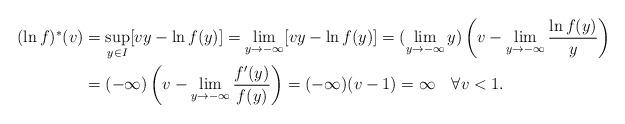
LaTeX: \begin{align*}(\ln f)^{\ast}(v) & =\sup_{y\in I}[vy-\ln f(y)]=\lim_{y\rightarrow-\infty}[vy-\ln f(y)]=(\lim_{y\rightarrow-\infty}y)\left( v-\lim_{y\rightarrow-\infty}\frac{\ln f(y)}{y}\right) \\& =(-\infty)\left( v-\lim_{y\rightarrow-\infty}\frac{f^{\prime}(y)}{f(y)}\right) =(-\infty)(v-1)=\infty\quad\forall v<1.\end{align*}